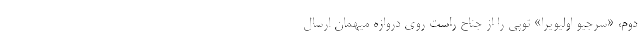
دوم، «سرجیو اولیویرا» توپی را از جناح راست روی دروازه میهمان ارسال